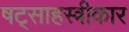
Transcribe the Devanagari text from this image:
षट्साहस्त्रीकार